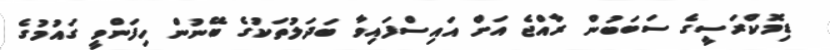
ޑިމޮކްރަސީގެ ސަބަބުން ރާއްޖެ އަށް އައިސްފައިވާ ބަދަލުތަކުގެ ބޭނުން ހިފަންވީ ގައުމުގެ